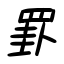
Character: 罫